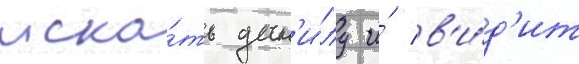
иска́ть дан'и́лу и́ в'и́д'ит